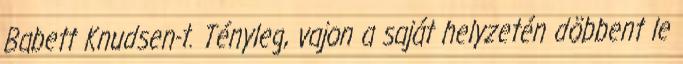
Babett Knudsen-t. Tényleg, vajon a saját helyzetén döbbent le